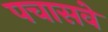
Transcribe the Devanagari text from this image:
पचासवे